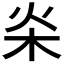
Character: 𣏦